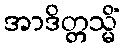
အာဒိတ္တသ္မိံ